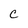
Character: c